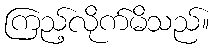
ကြည့်လိုက်မိသည်။